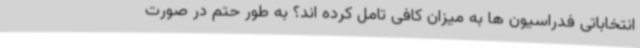
انتخاباتی فدراسیون ها به میزان کافی تامل کرده اند؟ به طور حتم در صورت